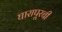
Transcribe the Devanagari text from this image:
घारापूरची